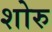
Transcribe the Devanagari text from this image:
शोरु